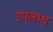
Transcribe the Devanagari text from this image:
उपलभ्ध